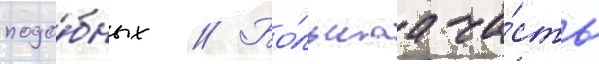
подо́бных // Бо́льшаа ча́сть